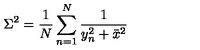
\Sigma ^ { 2 } = \frac { 1 } { N } \sum _ { n = 1 } ^ { N } \frac { 1 } { y _ { n } ^ { 2 } + \bar { x } ^ { 2 } }